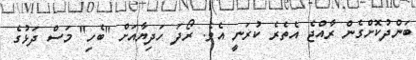
ބަންދުކޮށްގެން ރާއްޖެ އެތެރެ ކުރަނީ އެވެ. ރޯދަ ހަދިޔާއަށް "ބެހި" މަސް ދަޅުގެ